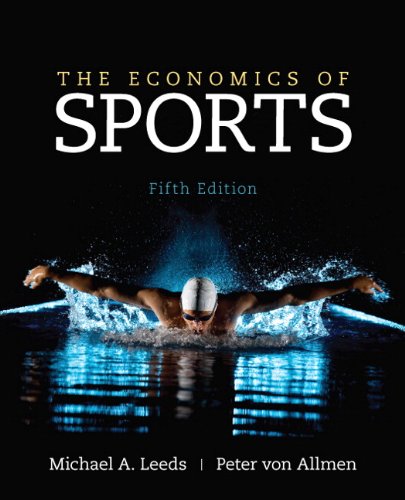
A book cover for The Economics of Sports (5th Edition) (The Pearson Series in Economics); Michael Leeds; Business & Money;